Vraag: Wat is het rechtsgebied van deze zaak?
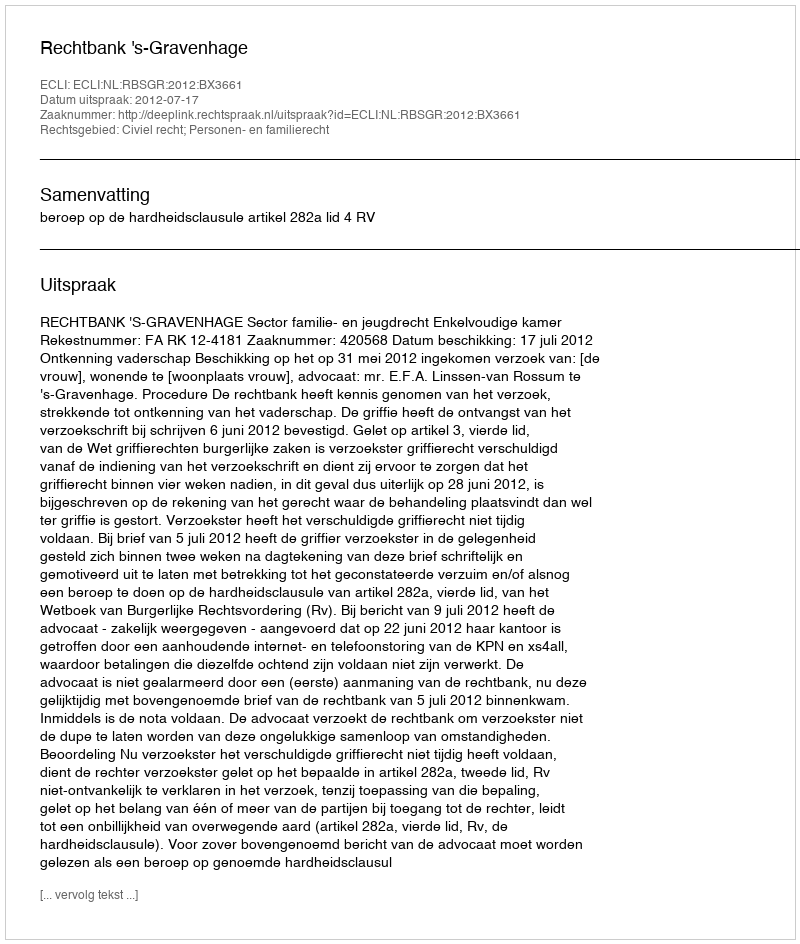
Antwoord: Civiel recht; Personen- en familierecht